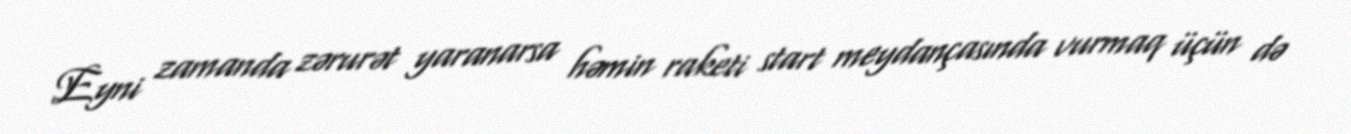
Eyni zamanda zərurət yaranarsa həmin raketi start meydançasında vurmaq üçün də